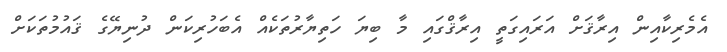
އެމެރިކާއިން އިރާޤަށް އަރައިގަތީ އިރާޤްގައި މާ ބިޔަ ހަތިޔާރުތަކެއް އެބަހުރިކަން ދުނިޔޭގެ ޤައުމުތަކަށް